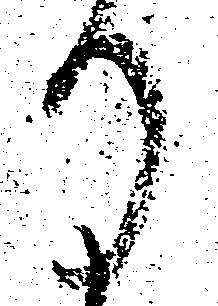
り